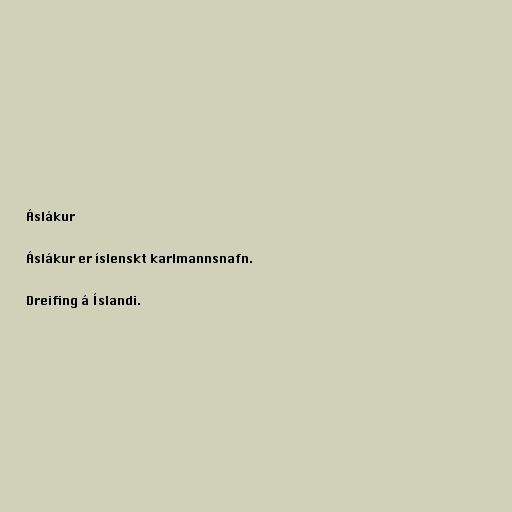
Áslákur

Áslákur er íslenskt karlmannsnafn.

Dreifing á Íslandi.